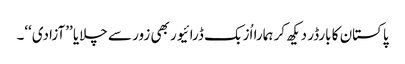
پاکستان کا بارڈر دیکھ کر ہمارا اُزبک ڈرائیور بھی زور سے چلایا ’’آزادی‘‘۔